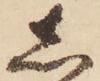
し